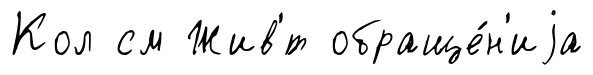
Кол см Жив'́т обраще́н'иjа